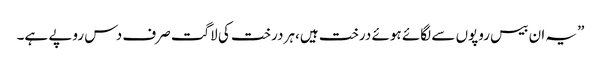
”یہ ان بیس روپوں سے لگائے ہوئے درخت ہیں،ہر درخت کی لاگت صرف دس روپے ہے۔